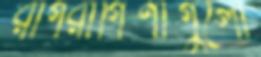
রাগরাগিণীগুলো